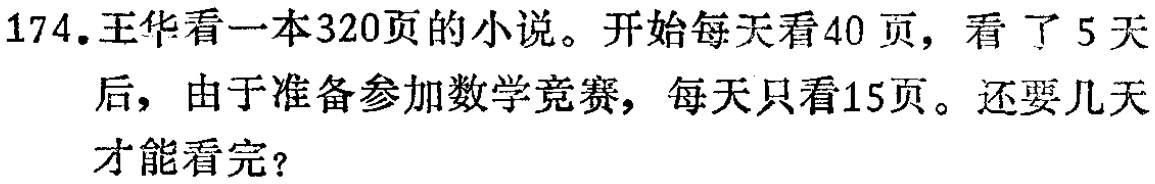
174.王华看一本320页的小说。开始每天看40 页，看了5天 后，由于准备参加数学竞赛，每天只看15页。还要几天 才能看完？